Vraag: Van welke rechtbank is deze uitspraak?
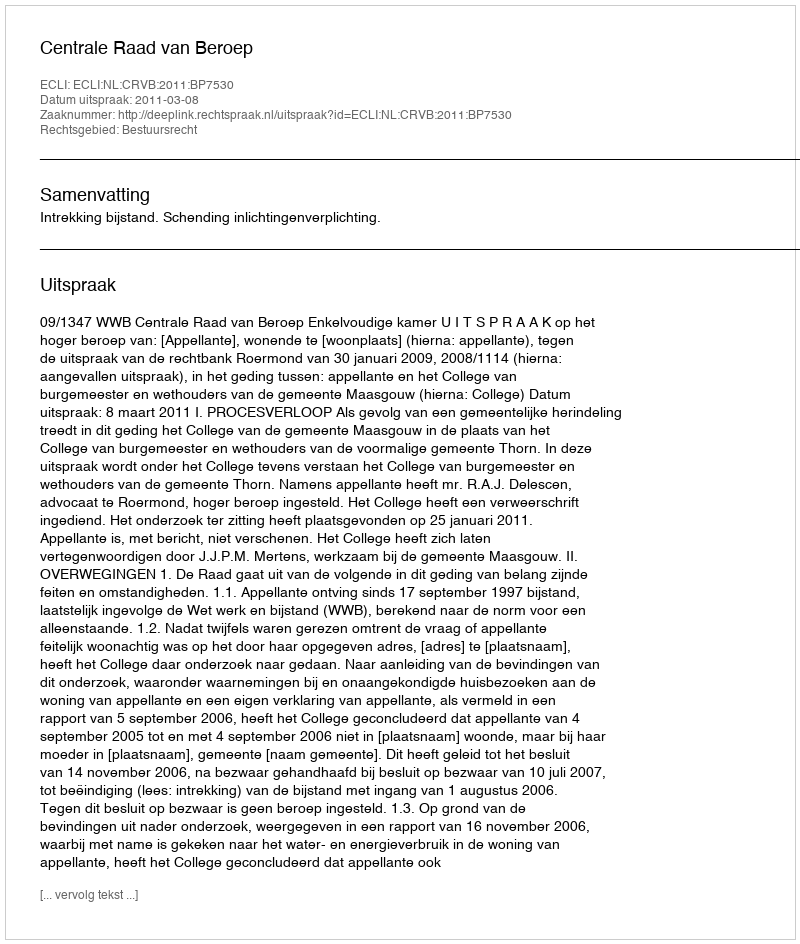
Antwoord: Centrale Raad van Beroep